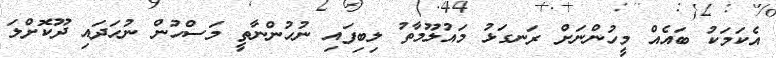
އެކަމަކު ބައެއް މީހުންނަށް ރަނގަޅު މައުލޫމާތު ލިބިފައި ނުހުންނާތީ މަސްހުން ނުހަދައި ދޫކޮށްލަ